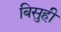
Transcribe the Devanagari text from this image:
बिसुही